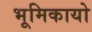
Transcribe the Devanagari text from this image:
भूमिकायो